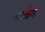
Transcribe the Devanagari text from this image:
मार्कम